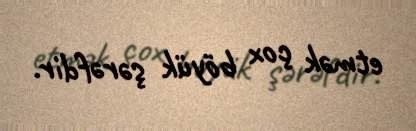
etmək çox böyük şərəfdir.